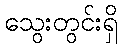
သွေးတွင်းရှိ